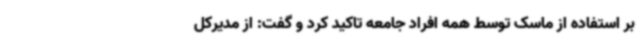
بر استفاده از ماسک توسط همه افراد جامعه تاکید کرد و گفت: از مدیرکل